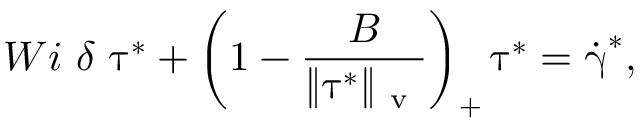
W i ~ \delta ~ \overset { \triangledown } { \boldsymbol { \uptau } ^ { * } } + \left( 1 - \frac { B } { \Vert \boldsymbol { \uptau } ^ { * } \Vert _ { \mathrm { ~ v ~ } } } \right) _ { + } \boldsymbol { \uptau } ^ { * } = \dot { \boldsymbol { \upgamma } } ^ { * } ,